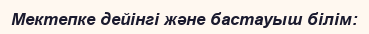
Мектепке дейінгі және бастауыш білім: